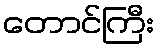
တောင်ကြီး